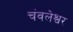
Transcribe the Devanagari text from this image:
चंवलेश्वर